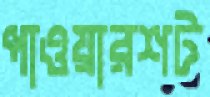
পাওয়ারশট